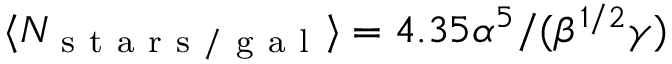
\langle N _ { \mathrm { ~ s ~ t ~ a ~ r ~ s ~ / ~ g ~ a ~ l ~ } } \rangle = 4 . 3 5 \alpha ^ { 5 } / ( \beta ^ { 1 / 2 } \gamma )